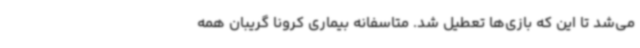
می‌شد تا این که بازی‌ها تعطیل شد. متاسفانه بیماری کرونا گریبان همه